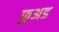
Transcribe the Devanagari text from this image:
फुअड